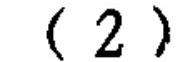
\((2)\)